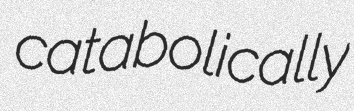
catabolically